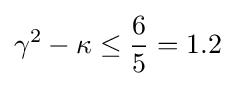
\gamma ^{2}-\kappa \leq {\frac {6}{5}}=1.2